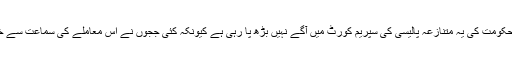
واضح ہو کہ گجرات حکومت کی یہ متنازعہ پالیسی کی سپریم کورٹ میں آگے نہیں بڑھ پا رہی ہے کیونکہ کئی ججوں نے اس معاملے کی سماعت سے خود کو الگ کر لیا تھا۔